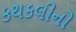
કથકલીનો